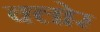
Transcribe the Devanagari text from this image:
क्लोर